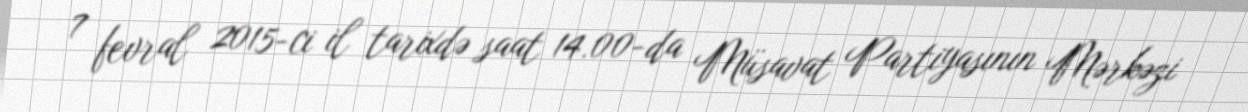
7 fevral 2015-ci il tarixdə saat 14.00-da Müsavat Partiyasının Mərkəzi